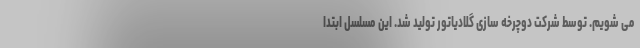
می شویم. توسط شرکت دوچرخه سازی گلادیاتور تولید شد. این مسلسل ابتدا